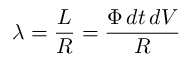
\lambda = { \frac { L } { R } } = { \frac { \Phi \, d t \, d V } { R } }